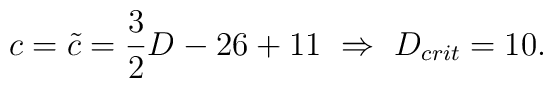
c = \tilde c = \frac{3}{2} D - 26 + 11\ \Rightarrow\ D_{crit} = 10.